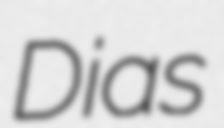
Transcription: Dias